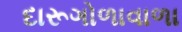
દારૂગોળાવાળા